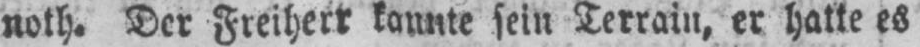
noth. Der Freiherr kannte sein Terrain, er hatte es